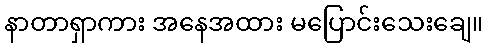
နာတာရှာကား အနေအထား မပြောင်းသေးချေ။